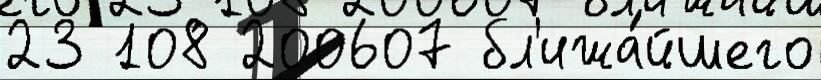
23 108 200607 бл'ижа́йшего